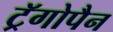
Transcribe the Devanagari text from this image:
ट्रॅगोपैन